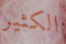
الكثير